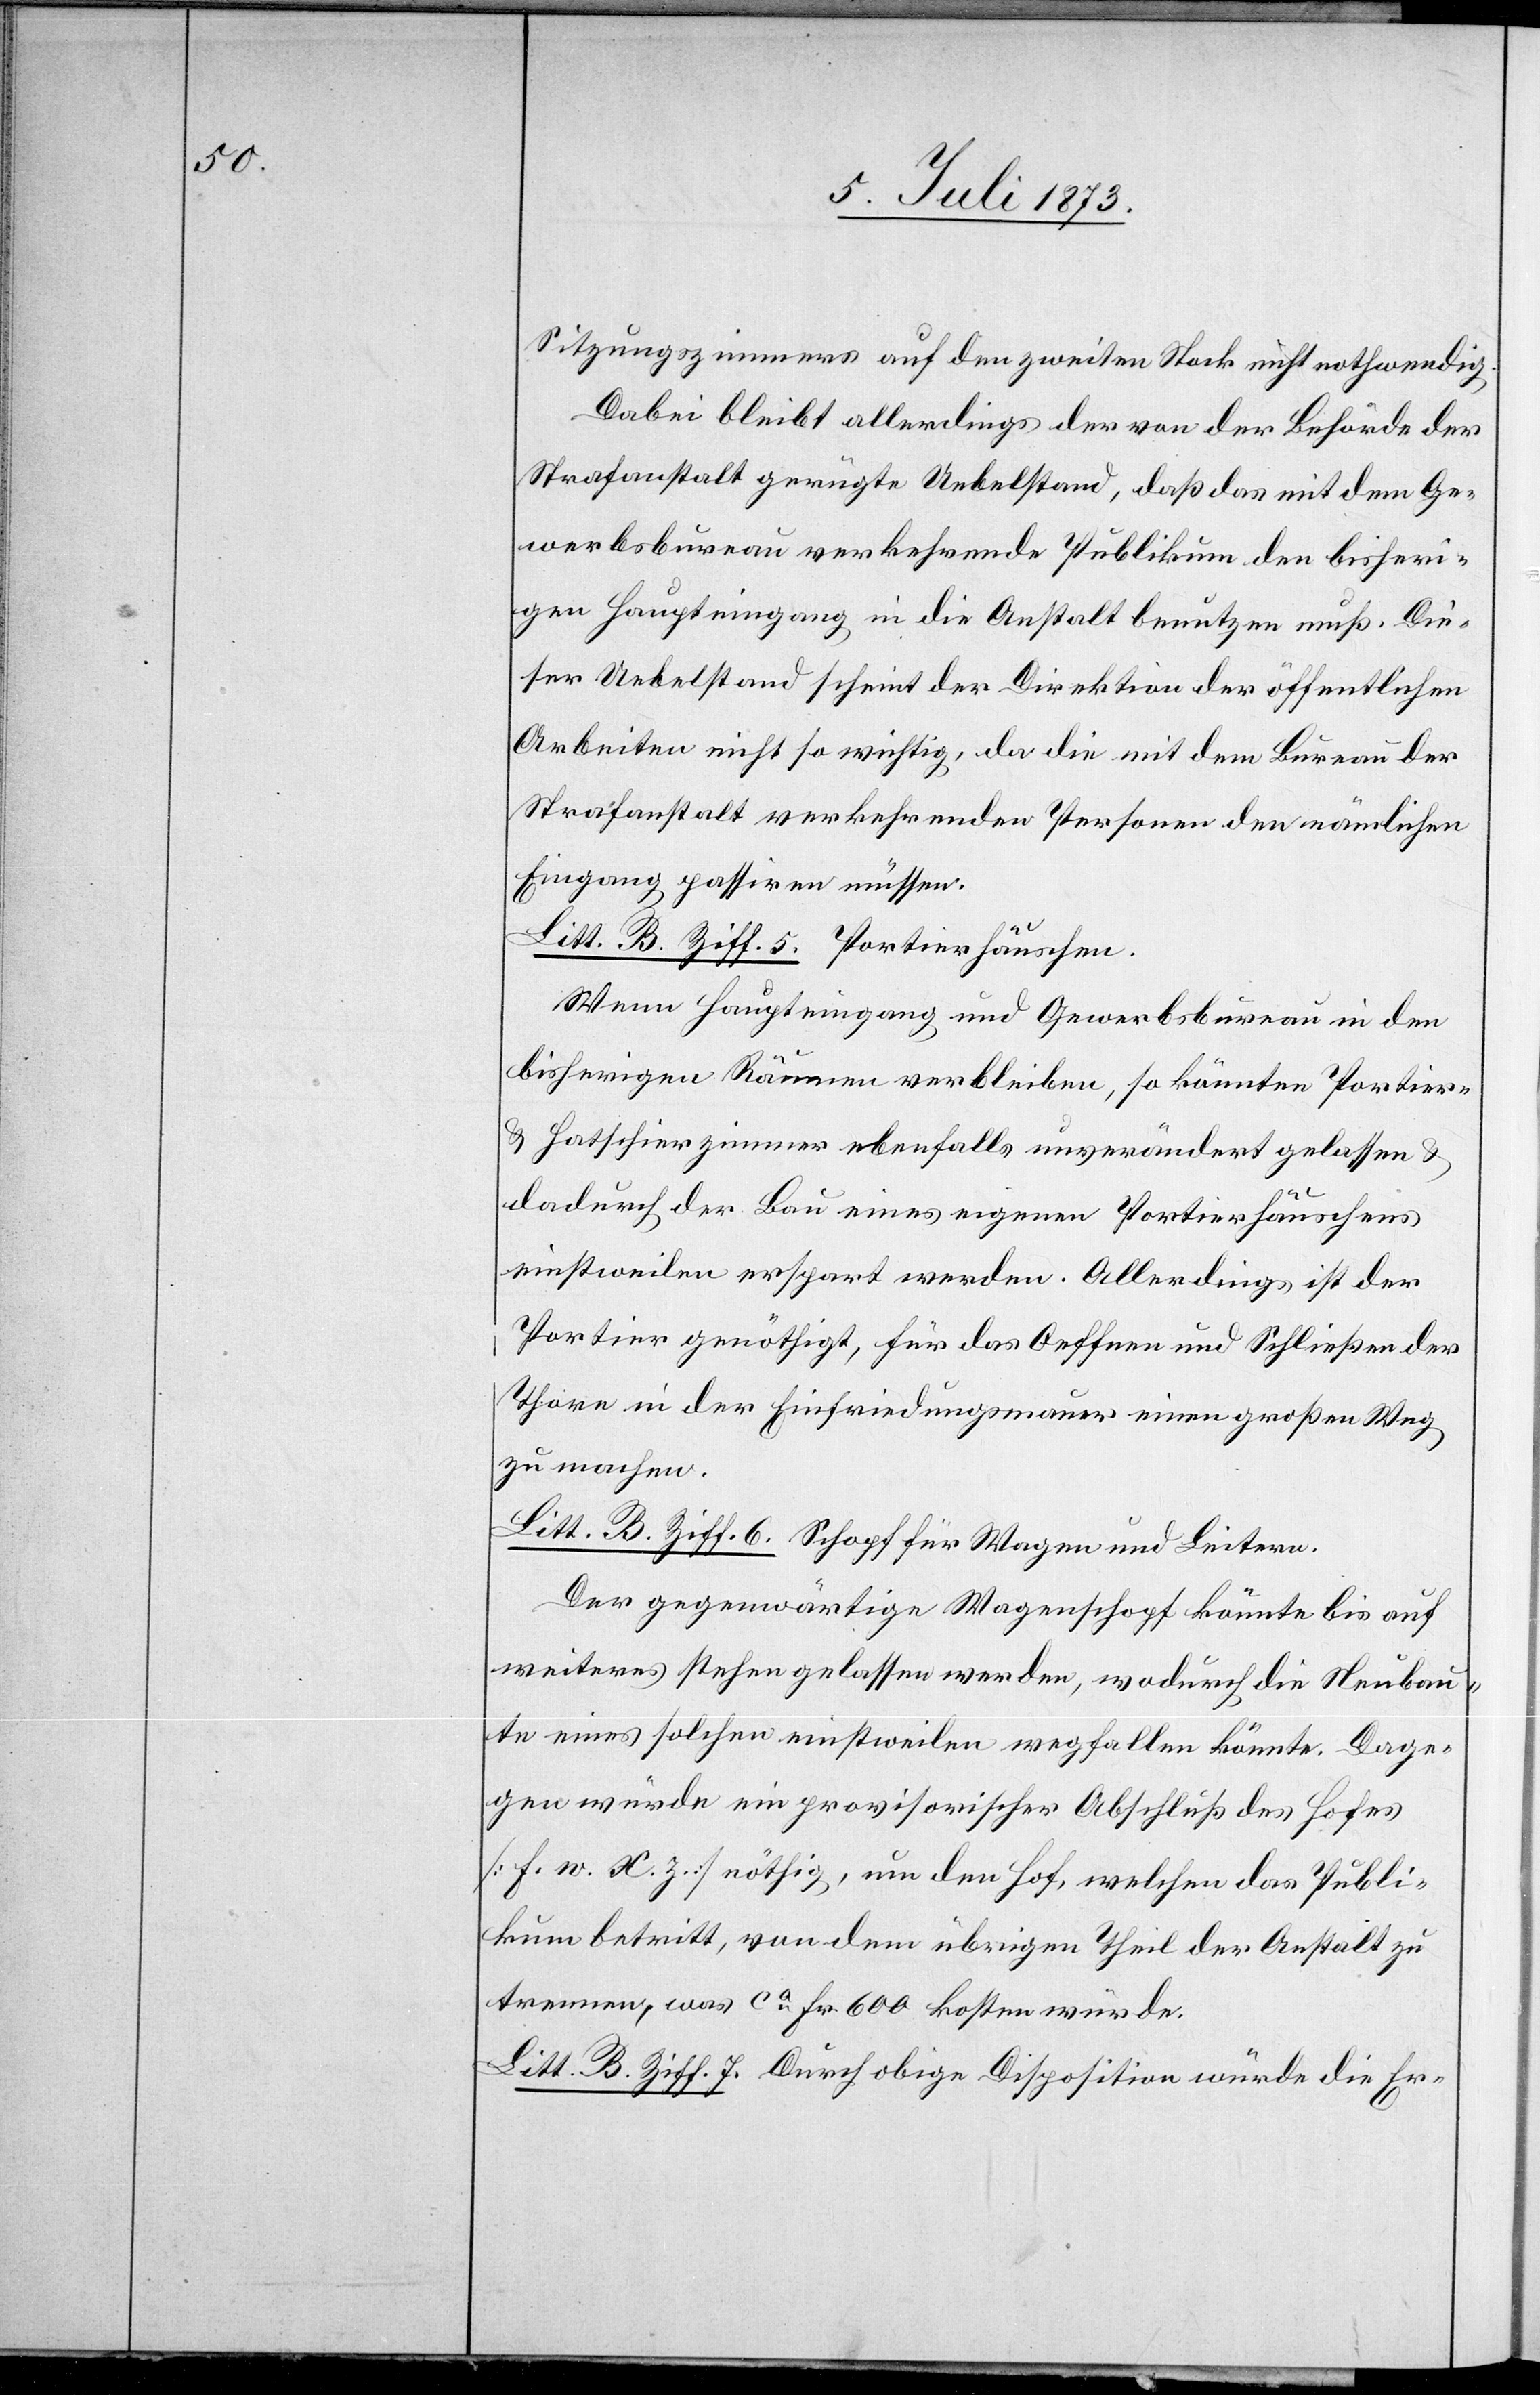
Sitzungszimmers auf den zweiten Stock nicht nothwendig.
Dabei bleibt allerdings der von der Behörde der
Strafanstalt gerügte Uebelstand, daß das mit dem Ge¬
werbsbureau verkehrende Publikum den bisheri¬
gen Haupteingang in die Anstalt benutzen muß. Die¬
ser Uebelstand scheint der Direktion der öffentlichen
Arbeiten nicht so wichtig, da die mit dem Bureau der
Strafanstalt verkehrenden Personen den nämlichen
Eingang passiren müssen.
Litt. B. Ziff. 5. Portierhäuschen.
Wenn Haupteingang und Gewerbsbureau in den
bisherigen Räumen verbleiben, so konnten Portier-
& Hatschierzimmer ebenfalls unverändert gelassen &
dadurch der Bau eines eigenen Portierhäuschens
einstweilen erspart werden. Allerdings ist der
Portier genöthigt, für das Oeffnen und Schließen der
Thore in der Einfriedungsmauer einen großen Weg
zu machen.
Litt. B. Ziff. 6. Schopf für Wagen und Leitern.
Der gegenwärtige Wagenschopf könnte bis auf
weiteres stehen gelassen werden, wodurch die Neubau¬
te eines solchen einstweilen wegfallen könnte. Dage¬
gen würde ein provisorischer Abschluß des Hofes
[F. w. X. z.] nöthig, um den Hof, welchen das Publi¬
kum betritt, von dem übrigen Theil der Anstalt zu
trennen, was ca Fr. 600 kosten würde.
Litt. B. Ziff. 7. Durch obige Disposition würde die Er-